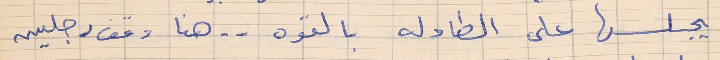
يجلسها على الطاوله بالقوه  . . هنا وقف رجلين